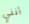
أنني